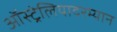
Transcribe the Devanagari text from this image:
ऑस्ट्रेलियादरम्यान